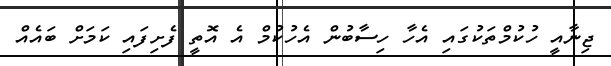
ޖިނާއީ ހުކުމްތަކުގައި އެހާ ހިސާބުން އެހުކުމް އެ އޮތީ ފެށިފައި ކަމަށް ބައެއް